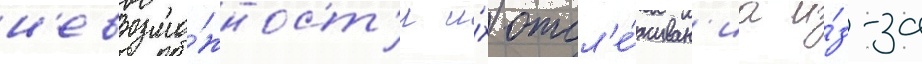
н'евозмо́жност'и и́х отсл'е́живан'иа и́з-за